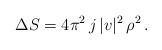
\begin{align*}\Delta S= 4\pi^2\, j\, |v|^2\, \rho^2\,.\end{align*}